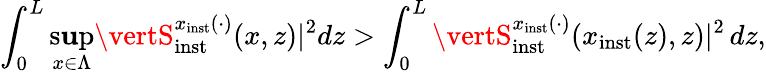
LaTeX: \int_{0}^{L}\operatorname*{s\mathbf{u}p}_{x\in\Lambda}\vertS_{\mathrm{{inst}}}^{x_{\mathrm{{inst}}}(\cdot)}(x,z)\vert^{2}dz>\int_{0}^{L}\vertS_{\mathrm{{inst}}}^{x_{\mathrm{{inst}}}(\cdot)}(x_{\mathrm{{inst}}}(z),z)\vert^{2}\, dz,